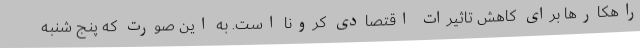
راهکارها برای کاهش تاثیرات اقتصادی کرونا است. به این صورت که پنج شنبه